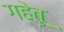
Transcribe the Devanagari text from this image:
गहेतू